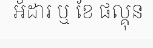
អ័ដារ ឬ ខែ ផល្គុន